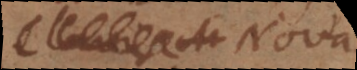
Nova